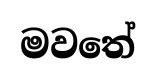
මවතේ